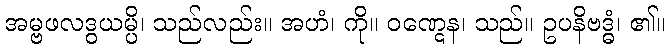
အမ္ဗဖလဒွယမ္ပိ၊ သည်လည်း။ အဟံ၊ ကို။ ဝဏ္ဋေန၊ သည်။ ဥပနိဗဒ္ဓံ၊ ၏။